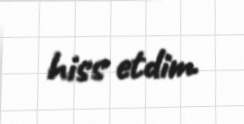
hiss etdim.